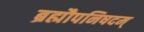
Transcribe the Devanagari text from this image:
ब्रह्मौपनिषदम्